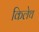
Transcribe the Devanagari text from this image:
किलेथ